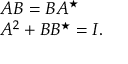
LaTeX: \begin{array} { l } { { A B = B A ^ { \star } } } \\ { { A ^ { 2 } + B B ^ { \star } = I . } } \end{array}